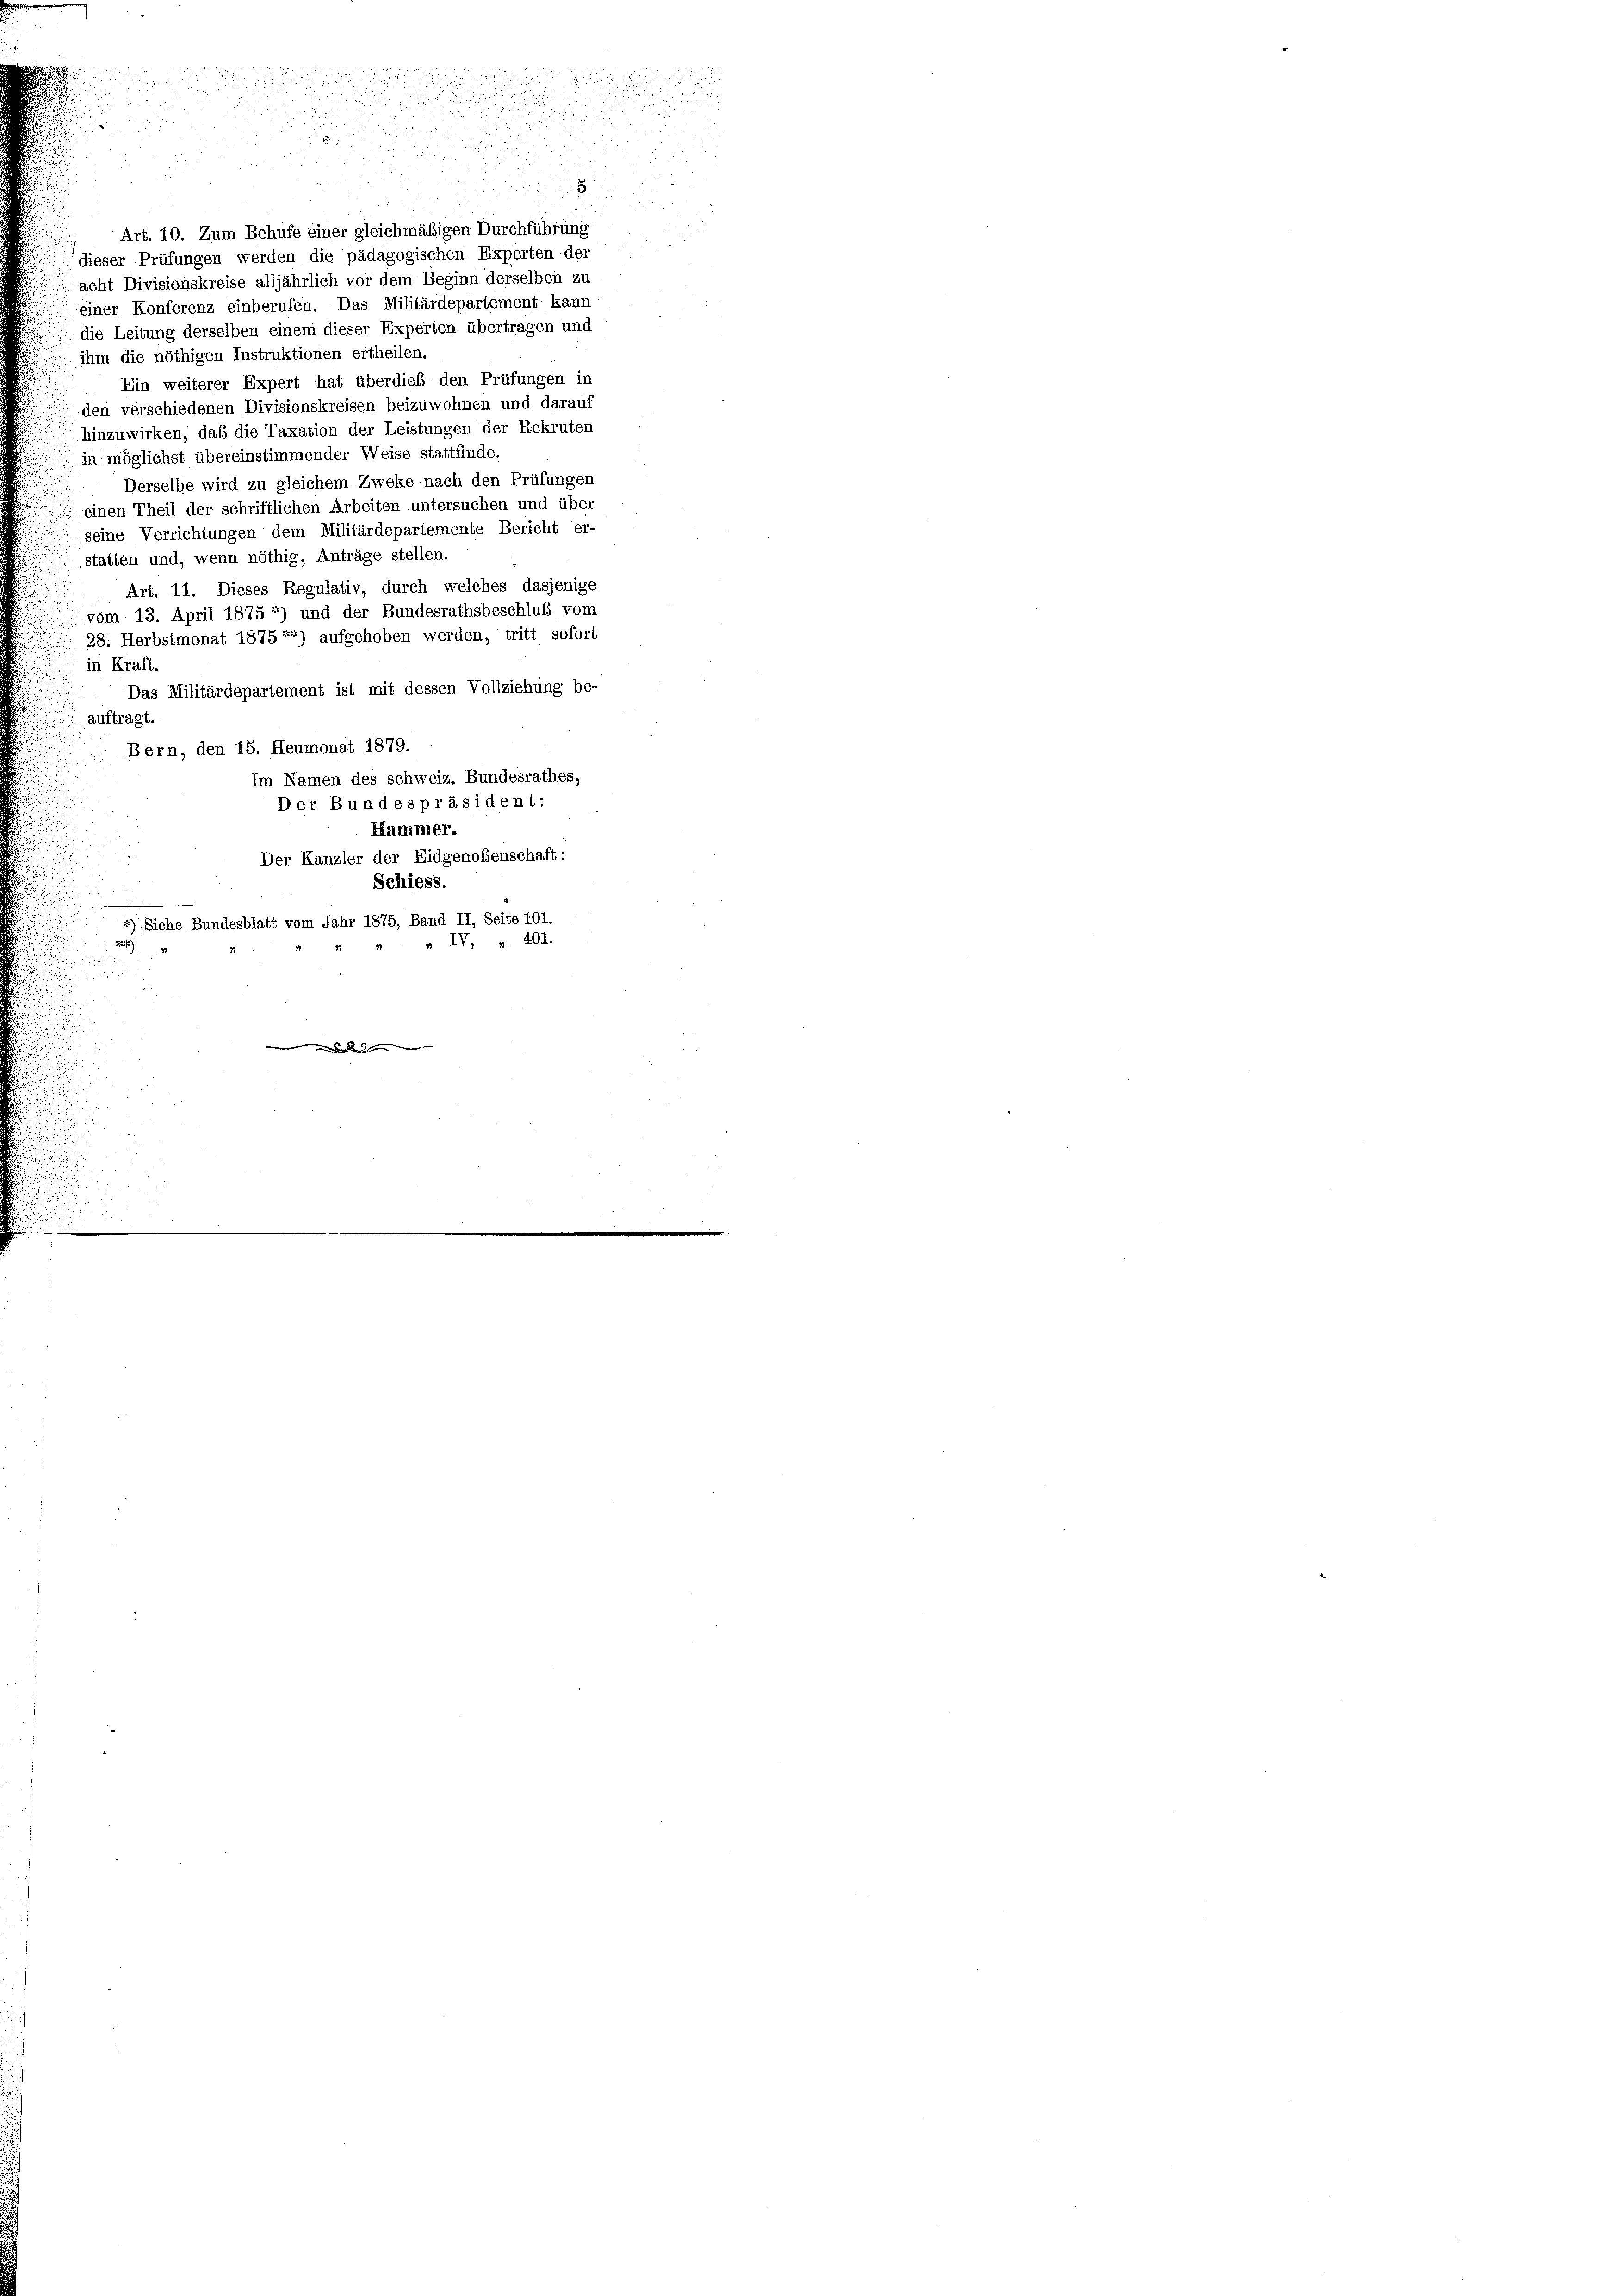
dieser Prüfungen werden die pädagogischen Experten der
acht Divisionskreise alljährlich vor dem Beginn derselben zu
einer Konferenz einberufen. Das Militärdepartement kann
die Leitung derselben einem dieser Experten übertragen und
ihm die nöthigen Instruktionen ertheilen.
Ein weiterer Expert hat überdies den Prüfungen in
den verschiedenen Divisionskreisen beizuwohnen und darauf
hinzuwirken, daß die Taxation der Leistungen der Rekruten
in möglichst übereinstimmender Weise stattfinde.
Derselbe wird zu gleichem Zweke nach den Prüfungen
einen Theil der schriftlichen Arbeiten untersuchen und über
seine Verrichtungen dem Militärdepartemente Bericht er-
statten und, wenn nöthig, Anträge stellen.
Art. 11. Dieses Regulativ, durch welches dasjenige
vom 13. April 1875 *) und der Bundesrathsbeschluß vom
28. Herbstmonat 1875 * *) aufgehoben werden, tritt sofort
in Kraft.
Das Militärdepartement ist mit dessen Vollziehung be-
auftragt.
Bern, den 15. Heumonat 1879.
Im Namen des schweiz. Bundesrathes,
Der Bundespräsident:
Hammer.
Der Kanzler der Eidgenoßenschaft:
Schiess.
) Siehe Bundesblatt vom Jahr 1875, Band II, Seite 101.
» IV, v. 204.

Art. 10. Zum Behufe einer gleichmäßigen Durchführung

n

5.